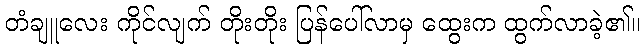
တံချူလေး ကိုင်လျက် တိုးတိုး ပြန်ပေါ်လာမှ ထွေးက ထွက်လာခဲ့၏။